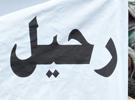
رحيل